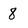
Character: 8